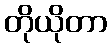
တိုယိုတာ